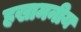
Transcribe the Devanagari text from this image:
हखामनीय